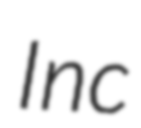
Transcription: Inc